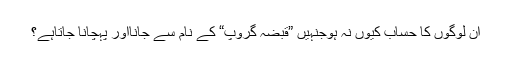
اُن لوگوں کا حساب کیوں نہ ہوجنہیں ”قبضہ گروپ“ کے نام سے جانااور پہچانا جاتاہے؟